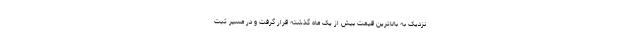
نزدیک به بالاترین قیمت بیش از یک ماه گذشته قرار گرفت و در مسیر ثبت